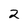
Character: 2